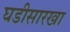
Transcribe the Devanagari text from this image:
घडीसारखा